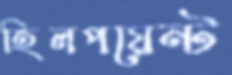
হিলপয়েন্ট